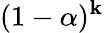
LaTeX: (1-\alpha)^{\mathbf{k}}